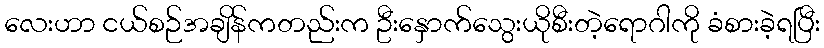
လေးဟာ ငယ်စဉ်အချိန်ကတည်းက ဦးနှောက်သွေးယိုစီးတဲ့ရောဂါကို ခံစားခဲ့ရပြီး